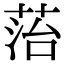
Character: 菭